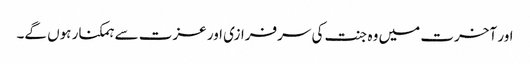
اور آخرت میں وہ جنت کی سرفرازی اور عزت سے ہمکنار ہوں گے۔